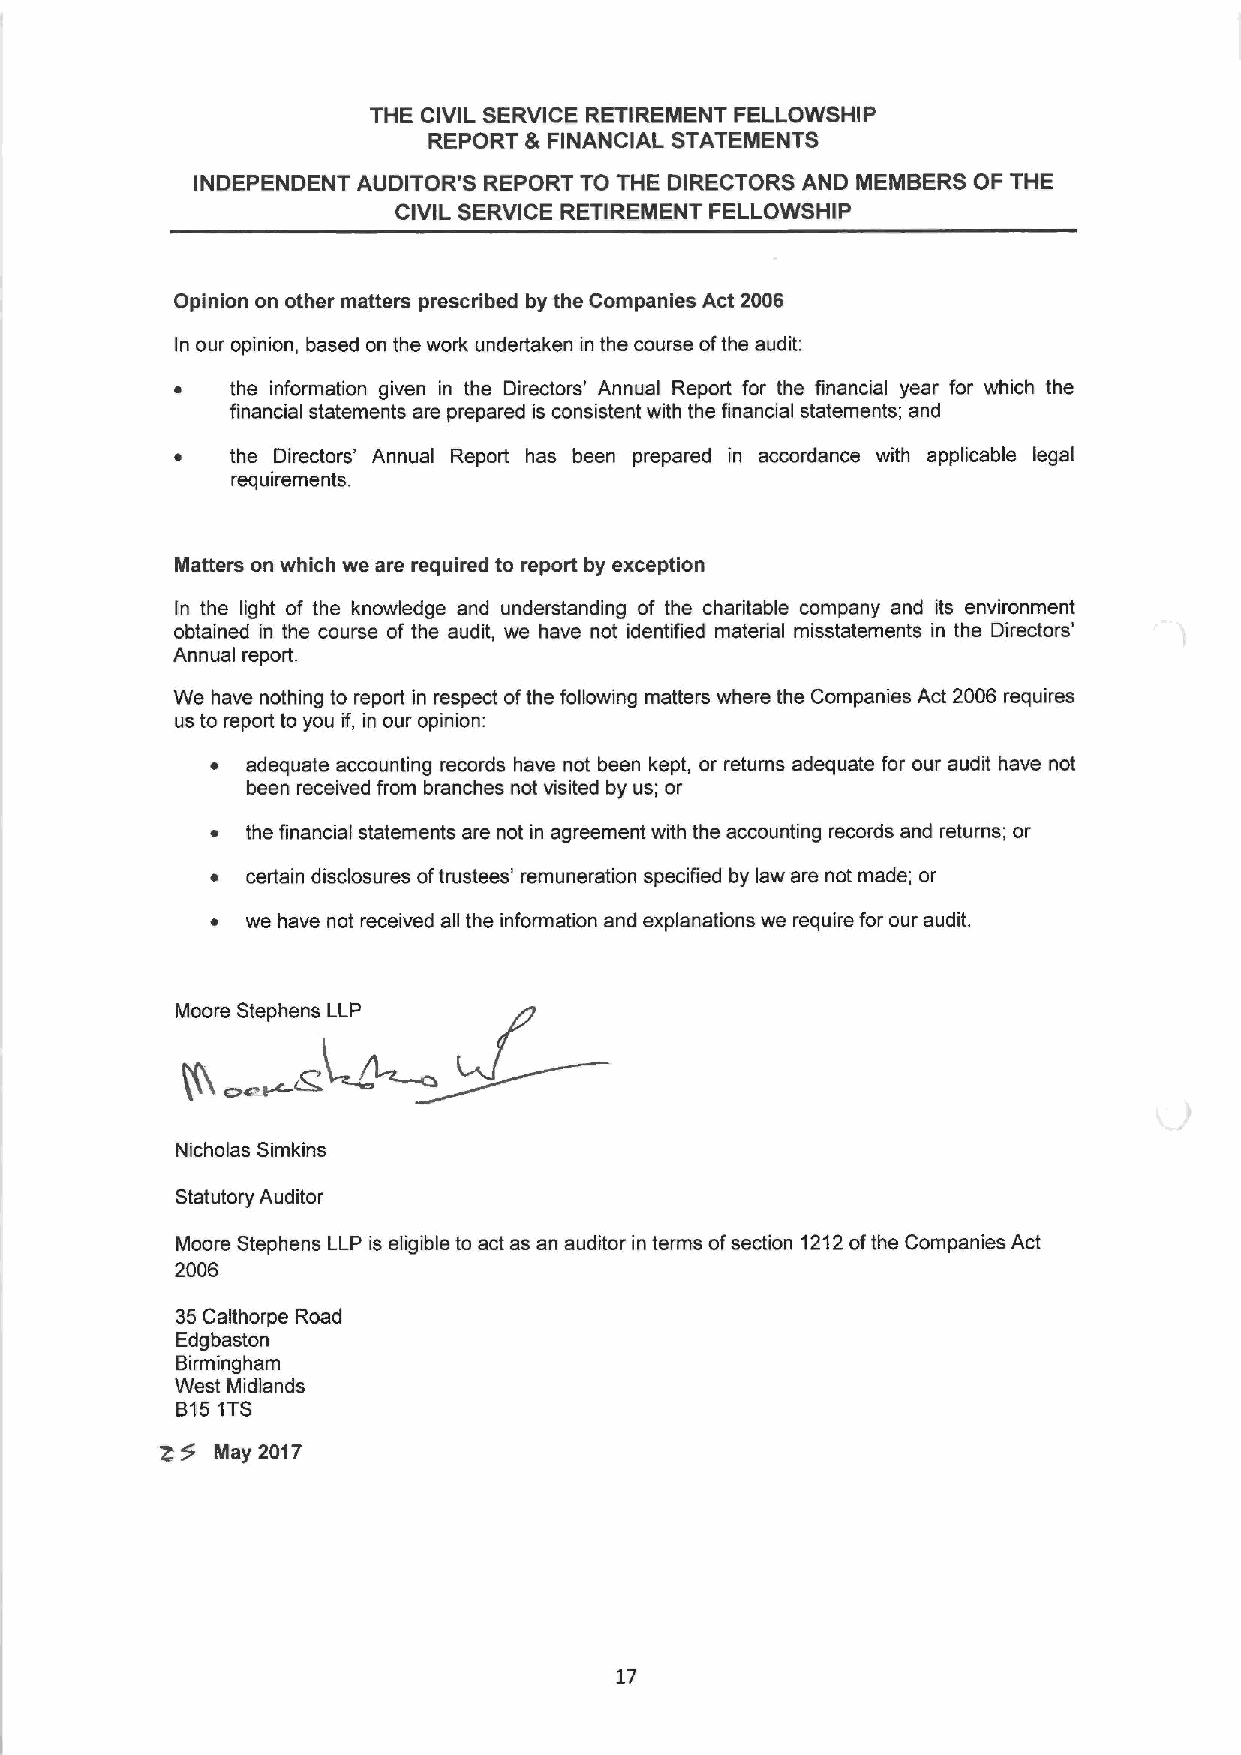
THE CIVIL SERVICE RETIREMENT FELLOWSHIP
 REPORT L FINANCIAL STATEIIENTS
 INDEPENDENT AUDITOR'S REPORT TO THE DIRECTORS AND MEMBERS OF THE
 CIVIL SERVICE RETIREMENT FELLOWSHIP
 Opinion on other matters prescribed by the Companies Act 2006
 In our opinion, based on the work undertaken in the course ofthe audit:
 the information given in the Directors' Annual Report for the financial year for which the
 financial statements are prepared is consistent with the financial statements; and
 the Directors' Annual Report has been prepared in accordance with applicable legal
 requirements.
 Matters on which we are required to report by exception
 In the light of the knowledge and understanding of the charitable company and its environment
 obtained in the course of the audit, we have not identified material misstatements in the Directors'
 Annual report.
 We have nothing to report in respect ofthe following matters where the Companies Act 2006 requires
 us to report to you if, in our opinion:
 ~ adequate accounting records have not been kept, or returns adequate for our audit have not
 been received from branches not visited by us; or
 ~ the financial statements are not in agreement with the accounting records and returns; or
 ~ certain disclosures oftrustees' remuneration specified by law are not made; or
 ~ we have not received all the information and explanations we require for our audit.
 Nicholas Simkins
 Statutory Auditor
 Moore Stephens LLP is eligible to act as an auditor in terms ofsection 1212ofthe Companies Act
 2006
 35Calthorpe Road
 Edgbaston
 Birmingham
 West Midlands
 B151TS
 May 2017
 17